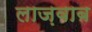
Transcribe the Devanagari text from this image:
लाज़वाब